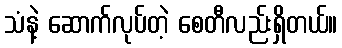
သံနဲ့ ဆောက်လုပ်တဲ့ စေတီလည်းရှိတယ်။